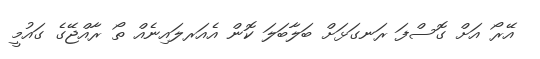
އޭރޯ އަށް ގޮސްފަ ރަނގަޅަށް ބަލާބަލަ ކޮން އެއަރލައިނެއް ތޯ ރާއްޖޭގެ ގައުމީ